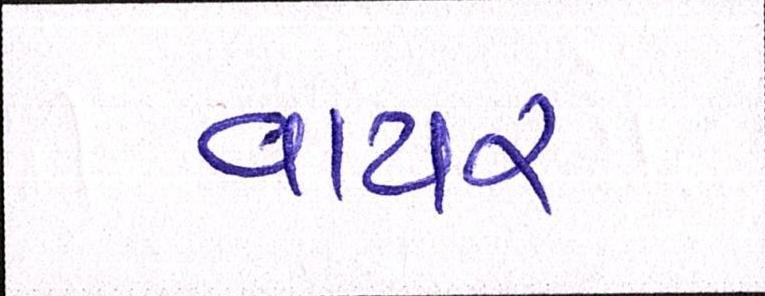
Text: વાયર